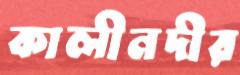
কালীনদীর